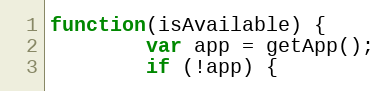
Language: JavaScript
function(isAvailable) {
        var app = getApp();
        if (!app) {